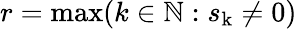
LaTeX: r=\mathrm{max}(k\in\mathbb{N}:s_{\mathrm{k}}\neq 0)